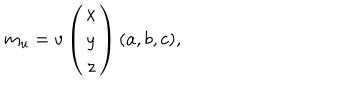
m _ { u } = v \left( \begin{array} { c } { { x } } \\ { { y } } \\ { { z } } \\ \end{array} \right) ( a , b , c ) ,